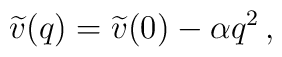
\widetilde{v}(q)=\widetilde{v}(0)-\alpha q^{2}\, ,